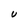
Character: U